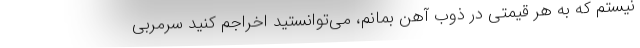
نیستم که به هر قیمتی در ذوب آهن بمانم، می‌توانستید اخراجم کنید سرمربی